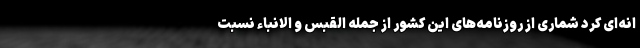
انه‌ای کرد شماری از روزنامه‌های این کشور از جمله القبس و الانباء نسبت